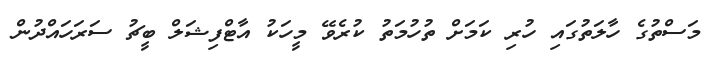
މަސްތުގެ ހާލަތުގައި ހުރި ކަމަށް ތުހުމަތު ކުރެވޭ މީހަކު އާޓްފިޝަލް ބީޗު ސަރަހައްދުން